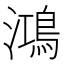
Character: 鴻